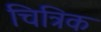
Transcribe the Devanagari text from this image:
चित्रिक